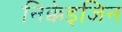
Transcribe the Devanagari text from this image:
निक्केइजिन